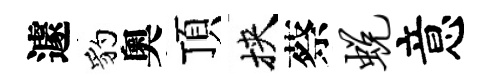
遽豹奧頂挾蔡蜕意